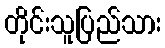
တိုင်းသူပြည်သား